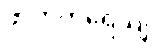
ဖာတိကရေယျ